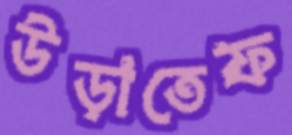
উড়াতেফ